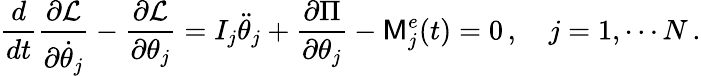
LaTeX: \frac{d}{dt}\frac{\partial\mathcal{L}}{\partial\dot{\theta}_{j}}-\frac{\partial\mathcal{L}}{\partial\theta_{j}}=I_{j}\ddot{\theta}_{j}+\frac{\partial\Pi}{\partial\theta_{j}}-\mathsf{M}_{j}^{e}(t)=0\, ,\quad j=1,\cdots N\, .